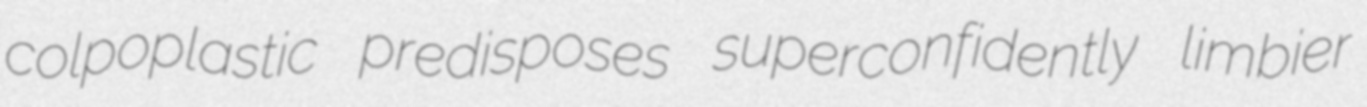
colpoplastic predisposes superconfidently limbier